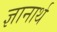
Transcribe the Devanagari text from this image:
ज्ञानार्थ